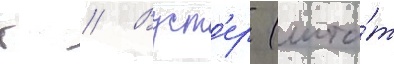
г // Вуст'ер (шта́т